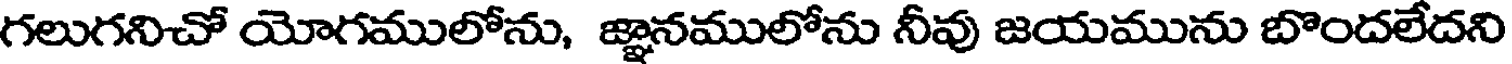
గలుగనిచో యోగములోను, జ్ఞానములోను నీవు జయమును బొందలేదని